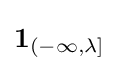
\mathbf {1} _{(-\infty ,\lambda ]}